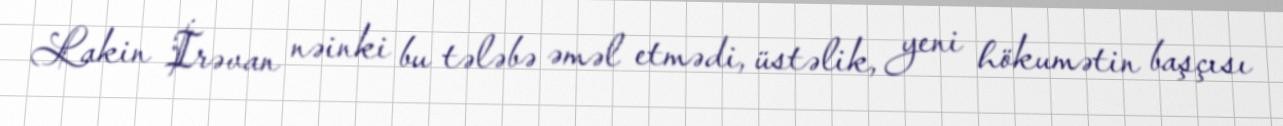
Lakin İrəvan nəinki bu tələbə əməl etmədi, üstəlik, yeni hökumətin başçısı